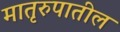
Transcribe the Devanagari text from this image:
मातृरुपातील